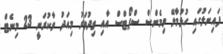
ފައިނަލުގައި ހުޅުމާލޭ ވިމެންސް ސްޕޯޓްސް އާއި ވިދުވަރު މިއަދު ވާކުރަނީ 23 މިނެޓް